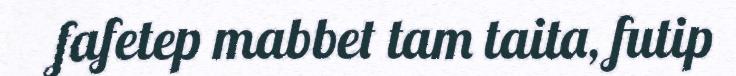
fafetep mabbet tam taita, futip